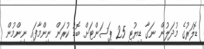
ޑޮލަރުގެ މުދަލުން ނަގާ ޑިޔުޓީ 25 ޕަސަންޓަށް ބޮޑު ކުރަން ނިންމާފައި ނިންމުން